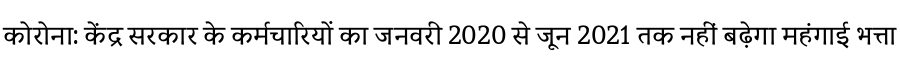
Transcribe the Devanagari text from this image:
कोरोना: केंद्र सरकार के कर्मचारियों का जनवरी 2020 से जून 2021 तक नहीं बढ़ेगा महंगाई भत्ता